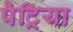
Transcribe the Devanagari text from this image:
पैट्रिया